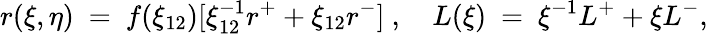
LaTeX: r(\xi,\eta)~=~f(\xi_{12})[\xi_{12}^{-1}r^{+}+\xi_{12}r^{-}]~,\ \ \ \ L(\xi)~=~{\xi^{-1}}L^{+}+\xi L^{-},